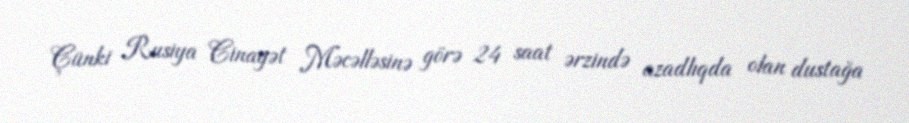
Çünki Rusiya Cinayət Məcəlləsinə görə 24 saat ərzində azadlıqda olan dustağa